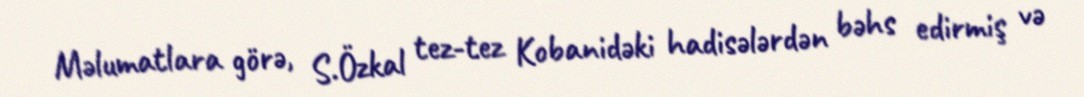
Məlumatlara görə, S.Özkal tez-tez Kobanidəki hadisələrdən bəhs edirmiş və